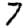
Digit: 7